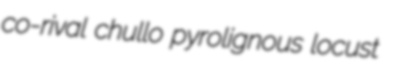
co-rival chullo pyrolignous locust